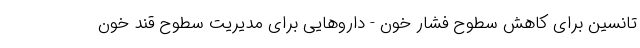
تانسین برای کاهش سطوح فشار خون - داروهایی برای مدیریت سطوح قند خون